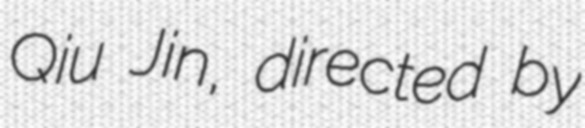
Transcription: Qiu Jin, directed by